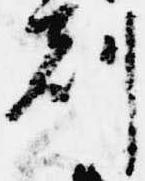
刻